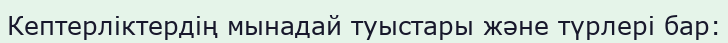
Кептерліктердің мынадай туыстары және түрлері бар: